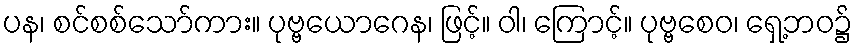
ပန၊ စင်စစ်သော်ကား။ ပုဗ္ဗယောဂေန၊ ဖြင့်။ ဝါ၊ ကြောင့်။ ပုဗ္ဗစေဝ၊ ရှေ့ဘဝ၌